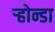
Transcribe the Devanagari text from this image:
ऱ्होन्डा